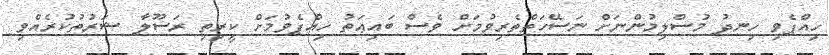
ހިއްޕެވި ހިނދު މުސްލިމުންނަށް ނަސޭހަތްތެރިވުމަށް ވެސް ބައިޢަތު ހިއްޕެވުމަށް ކީރިތި ރަސޫލާ ޝަރުތުކުރެއްވި